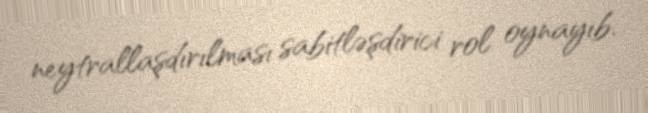
neytrallaşdırılması sabitləşdirici rol oynayıb.